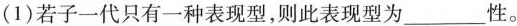
(1)若子一代只有一种表现型，则此表现型为___性。